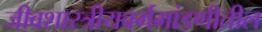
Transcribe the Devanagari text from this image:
जीवशास्त्रीयवर्गमांडणीतील